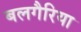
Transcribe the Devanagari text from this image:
बलगैरिया